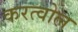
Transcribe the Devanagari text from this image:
करत्वोल